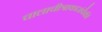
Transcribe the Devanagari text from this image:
चालाचीत्राकारांपैकी